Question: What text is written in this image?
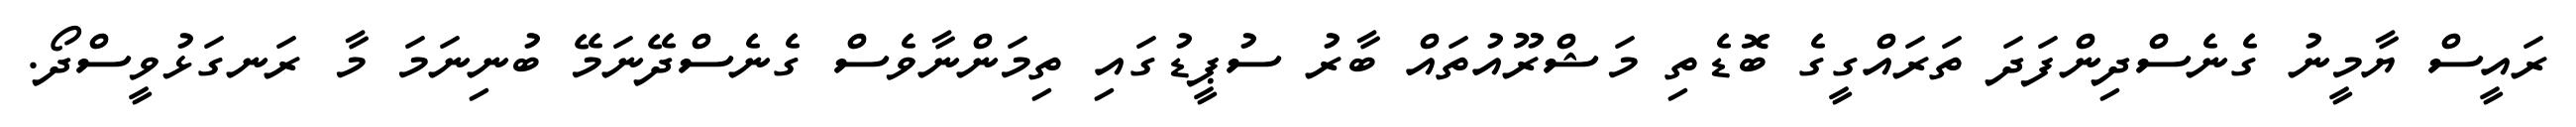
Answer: ރައީސް ޔާމީނު ގެނެސްދިންފަދަ ތަރައްގީގެ ބޮޑެތި މަޝްރޫއުތައް ބާރު ސުޕީޑުގައި ތިމަންނާވެސް ގެނެސްދޭނަމޭ ބުނިނަމަ މާ ރަނގަޅުވީސްދޯ.